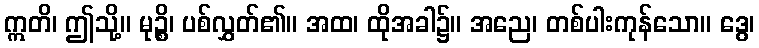
ဣတိ၊ ဤသို့။ မုဉ္စိ၊ ပစ်လွှတ်၏။ အထ၊ ထိုအခါ၌။ အညေ၊ တစ်ပါးကုန်သော။ ဒွေ၊